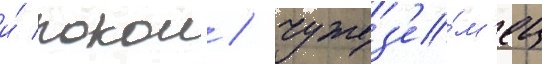
и́ покои / чужез'е́м'ец